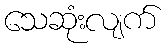
သေဆုံးလျက်